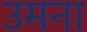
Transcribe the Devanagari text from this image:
उमना